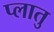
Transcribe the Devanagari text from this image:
प्लातु